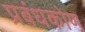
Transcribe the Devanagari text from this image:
प्रबंधकोण